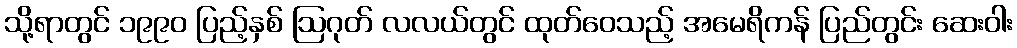
သို့ရာတွင် ၁၉၉၀ ပြည့်နှစ် ဩဂုတ် လလယ်တွင် ထုတ်ဝေသည့် အမေရိကန် ပြည်တွင်း ဆေးဝါး